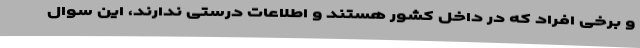
و برخی افراد که در داخل کشور هستند و اطلاعات درستی ندارند، این سوال